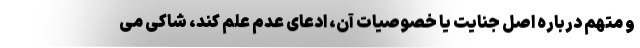
و متهم درباره اصل جنایت یا خصوصیات آن، ادعای عدم علم کند، شاکی می